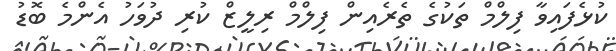
ކުޅެފައިވާ ފިލްމް ތަކުގެ ތެރެއިން ފިލްމް ރިލީޒް ކުރި ދުވަހު އެންމެ ބޮޑު